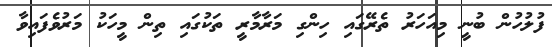
ފުލުހުން ބުނީ މިއަހަރު ތެރޭގައި ހިންގި މަރާމާރީ ތަކުގައި ތިން މީހަކު މަރުވެފައިވާ